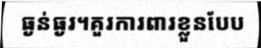
ធ្ងន់ធ្ងរ។គួរការពារខ្លួនបែប